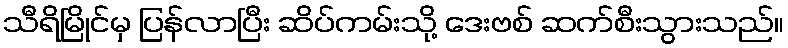
သီရိမြိုင်မှ ပြန်လာပြီး ဆိပ်ကမ်းသို့ ဒေးဗစ် ဆက်စီးသွားသည်။